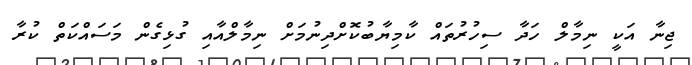
ޖިނާ އަކީ ނިމާލް ހަދާ ސިހުރުތައް ކާމިޔާބުކޮށްދިނުމަށް ނިމާލްއާއި ގުޅިގެން މަސައްކަތް ކުރާ